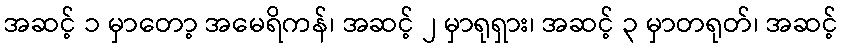
အဆင့် ၁ မှာတော့ အမေရိကန်၊ အဆင့် ၂ မှာရုရှား၊ အဆင့် ၃ မှာတရုတ်၊ အဆင့်